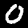
Label: 0